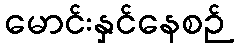
မောင်းနှင်နေစဉ်